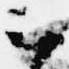
云